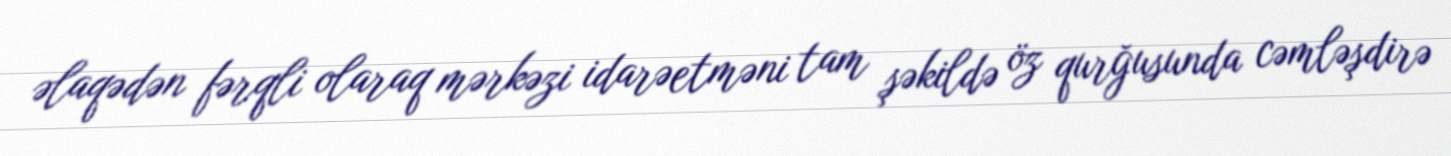
əlaqədən fərqli olaraq mərkəzi idarəetməni tam şəkildə öz qurğusunda cəmləşdirə